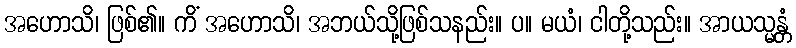
အဟောသိ၊ ဖြစ်၏။ ကိံ အဟောသိ၊ အဘယ်သို့ဖြစ်သနည်း။ ပ။ မယံ၊ ငါတို့သည်း။ အာယသ္မန္တံ